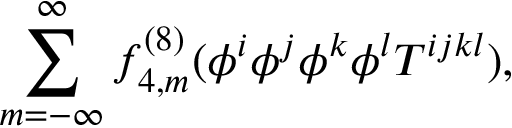
\sum _ { m = - \infty } ^ { \infty } f _ { 4 , m } ^ { ( 8 ) } ( \phi ^ { i } \phi ^ { j } \phi ^ { k } \phi ^ { l } T ^ { i j k l } ) ,